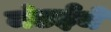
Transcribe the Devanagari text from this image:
मंडईचे